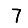
Digit: 7